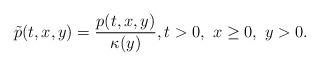
LaTeX: \begin{align*}\tilde{p}(t,x,y) = \frac{p(t,x,y)}{\kappa(y)}, t>0, \ x\ge 0,\ y >0.\end{align*}